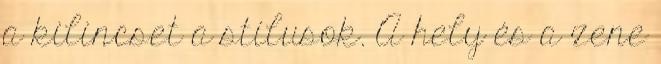
a kilincset a stílusok. A hely és a zene